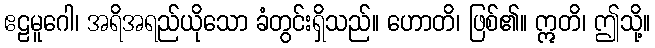
ဧဠမူဂေါ၊ အရိအရည်ယိုသော ခံတွင်းရှိသည်။ ဟောတိ၊ ဖြစ်၏။ ဣတိ၊ ဤသို့။